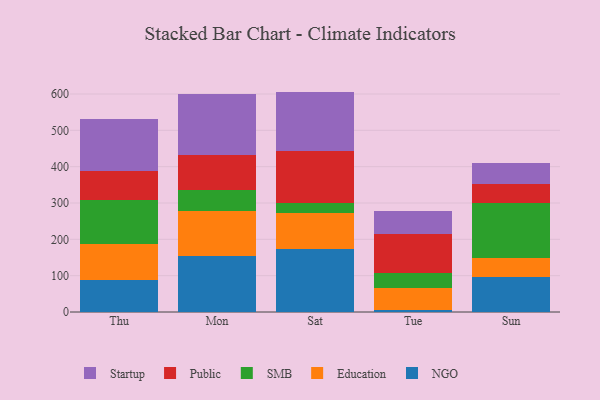
{"axis": {"x": "Day", "y": "Backlog"}, "legend": ["Education", "NGO", "Public", "SMB", "Startup"], "data": [{"x": "Thu", "y": 87.9, "type": "NGO"}, {"x": "Thu", "y": 99.1, "type": "Education"}, {"x": "Thu", "y": 122.4, "type": "SMB"}, {"x": "Thu", "y": 79.7, "type": "Public"}, {"x": "Thu", "y": 142.0, "type": "Startup"}, {"x": "Mon", "y": 152.8, "type": "NGO"}, {"x": "Mon", "y": 124.9, "type": "Education"}, {"x": "Mon", "y": 57.0, "type": "SMB"}, {"x": "Mon", "y": 98.5, "type": "Public"}, {"x": "Mon", "y": 167.0, "type": "Startup"}, {"x": "Sat", "y": 172.6, "type": "NGO"}, {"x": "Sat", "y": 98.7, "type": "Education"}, {"x": "Sat", "y": 29.2, "type": "SMB"}, {"x": "Sat", "y": 142.4, "type": "Public"}, {"x": "Sat", "y": 163.7, "type": "Startup"}, {"x": "Tue", "y": 6.5, "type": "NGO"}, {"x": "Tue", "y": 59.5, "type": "Education"}, {"x": "Tue", "y": 42.2, "type": "SMB"}, {"x": "Tue", "y": 105.9, "type": "Public"}, {"x": "Tue", "y": 63.1, "type": "Startup"}, {"x": "Sun", "y": 95.2, "type": "NGO"}, {"x": "Sun", "y": 52.2, "type": "Education"}, {"x": "Sun", "y": 153.7, "type": "SMB"}, {"x": "Sun", "y": 50.3, "type": "Public"}, {"x": "Sun", "y": 58.4, "type": "Startup"}]}